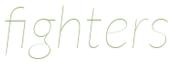
fighters